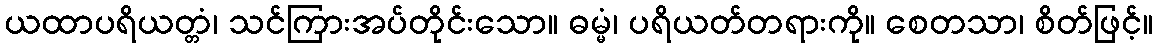
ယထာပရိယတ္တံ၊ သင်ကြားအပ်တိုင်းသော။ ဓမ္မံ၊ ပရိယတ်တရားကို။ စေတသာ၊ စိတ်ဖြင့်။